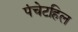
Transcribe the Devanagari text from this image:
पंचेटहिल